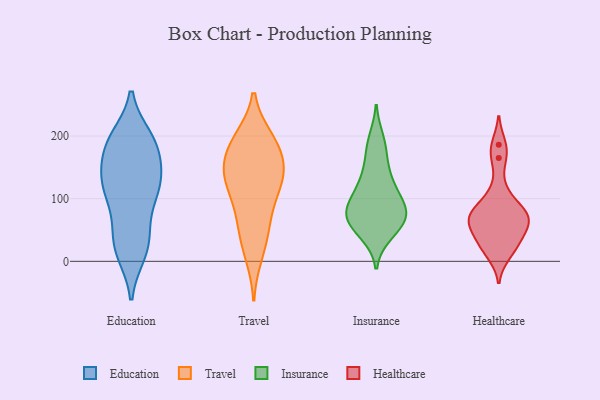
{"axis": {"x": "Inventory Turnover", "y": "Value"}, "legend": ["Education", "Healthcare", "Insurance", "Travel"], "data": [{"x": "", "y": 50, "type": "Education"}, {"x": "", "y": 193, "type": "Education"}, {"x": "", "y": 196, "type": "Education"}, {"x": "", "y": 81, "type": "Education"}, {"x": "", "y": 16, "type": "Education"}, {"x": "", "y": 191, "type": "Education"}, {"x": "", "y": 108, "type": "Education"}, {"x": "", "y": 133, "type": "Education"}, {"x": "", "y": 178, "type": "Education"}, {"x": "", "y": 136, "type": "Education"}, {"x": "", "y": 30, "type": "Education"}, {"x": "", "y": 29, "type": "Education"}, {"x": "", "y": 14, "type": "Education"}, {"x": "", "y": 117, "type": "Education"}, {"x": "", "y": 188, "type": "Education"}, {"x": "", "y": 123, "type": "Education"}, {"x": "", "y": 137, "type": "Education"}, {"x": "", "y": 116, "type": "Education"}, {"x": "", "y": 179, "type": "Education"}, {"x": "", "y": 112, "type": "Travel"}, {"x": "", "y": 182, "type": "Travel"}, {"x": "", "y": 140, "type": "Travel"}, {"x": "", "y": 195, "type": "Travel"}, {"x": "", "y": 11, "type": "Travel"}, {"x": "", "y": 64, "type": "Travel"}, {"x": "", "y": 141, "type": "Travel"}, {"x": "", "y": 117, "type": "Travel"}, {"x": "", "y": 183, "type": "Travel"}, {"x": "", "y": 71, "type": "Travel"}, {"x": "", "y": 36, "type": "Travel"}, {"x": "", "y": 143, "type": "Travel"}, {"x": "", "y": 192, "type": "Travel"}, {"x": "", "y": 141, "type": "Travel"}, {"x": "", "y": 77, "type": "Insurance"}, {"x": "", "y": 48, "type": "Insurance"}, {"x": "", "y": 63, "type": "Insurance"}, {"x": "", "y": 123, "type": "Insurance"}, {"x": "", "y": 68, "type": "Insurance"}, {"x": "", "y": 130, "type": "Insurance"}, {"x": "", "y": 195, "type": "Insurance"}, {"x": "", "y": 43, "type": "Insurance"}, {"x": "", "y": 71, "type": "Insurance"}, {"x": "", "y": 153, "type": "Insurance"}, {"x": "", "y": 89, "type": "Insurance"}, {"x": "", "y": 181, "type": "Insurance"}, {"x": "", "y": 74, "type": "Insurance"}, {"x": "", "y": 94, "type": "Insurance"}, {"x": "", "y": 105, "type": "Insurance"}, {"x": "", "y": 80, "type": "Healthcare"}, {"x": "", "y": 46, "type": "Healthcare"}, {"x": "", "y": 67, "type": "Healthcare"}, {"x": "", "y": 65, "type": "Healthcare"}, {"x": "", "y": 58, "type": "Healthcare"}, {"x": "", "y": 112, "type": "Healthcare"}, {"x": "", "y": 165, "type": "Healthcare"}, {"x": "", "y": 83, "type": "Healthcare"}, {"x": "", "y": 186, "type": "Healthcare"}, {"x": "", "y": 11, "type": "Healthcare"}, {"x": "", "y": 25, "type": "Healthcare"}, {"x": "", "y": 29, "type": "Healthcare"}, {"x": "", "y": 73, "type": "Healthcare"}]}